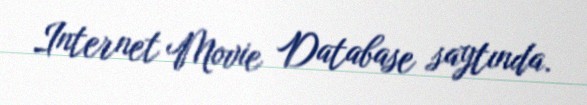
Internet Movie Database saytında.